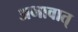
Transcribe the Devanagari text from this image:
अभावात्